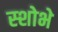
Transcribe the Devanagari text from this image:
स्शोभे